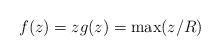
LaTeX: \begin{align*}f(z) = z g(z) = \max(z/R)\end{align*}